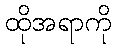
ထိုအရာကို